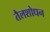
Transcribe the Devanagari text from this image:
तैलशोधन